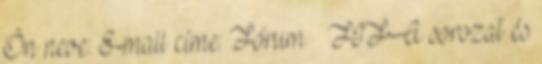
Ön neve: E-mail címe: Fórum FIFA sorozat és